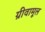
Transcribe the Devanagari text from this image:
ग्रीवामूल